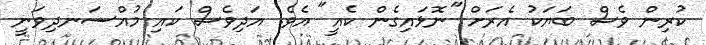
ކުރިން ވެސް ބަޔަކު އެރަށް "ނޮޅައިގެން ކެއީ" އެވެ. އަދިވެސް ކައި މުއްސަނދިވަނީ